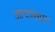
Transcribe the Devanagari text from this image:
आघाड्यात